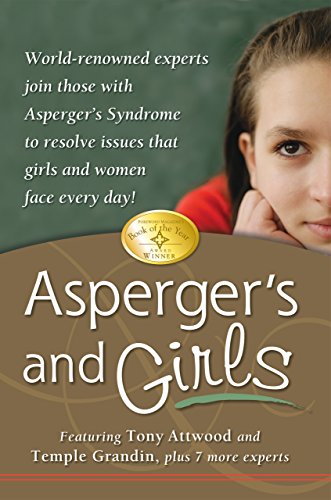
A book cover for Asperger's and Girls: World-Renowned Experts Join Those with Asperger's Syndrome to Resolve Issues That Girls and Women Face Every Day!; Tony Attwood; Health, Fitness & Dieting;